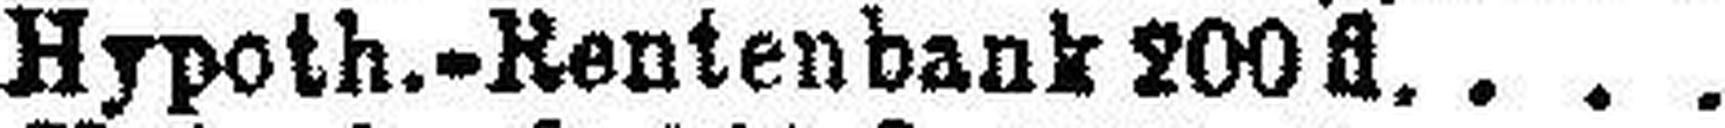
„ Hypoth.-Rentenbank 200 fl.